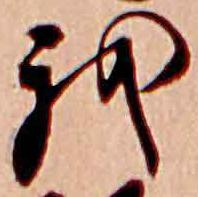
我